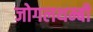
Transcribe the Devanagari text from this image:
जोगलथम्बी